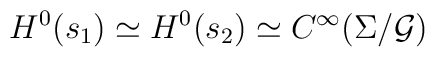
H^{0}(s_{1}) \simeq H^{0}(s_{2}) \simeq C^{\infty}(\Sigma/{\cal G})